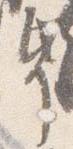
帋